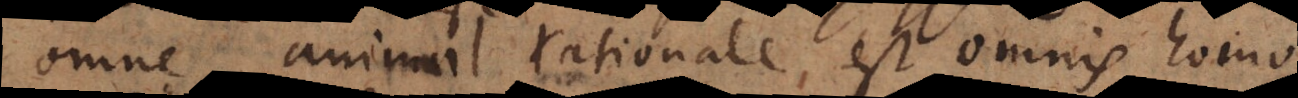
omne animal rationale est omnis homo